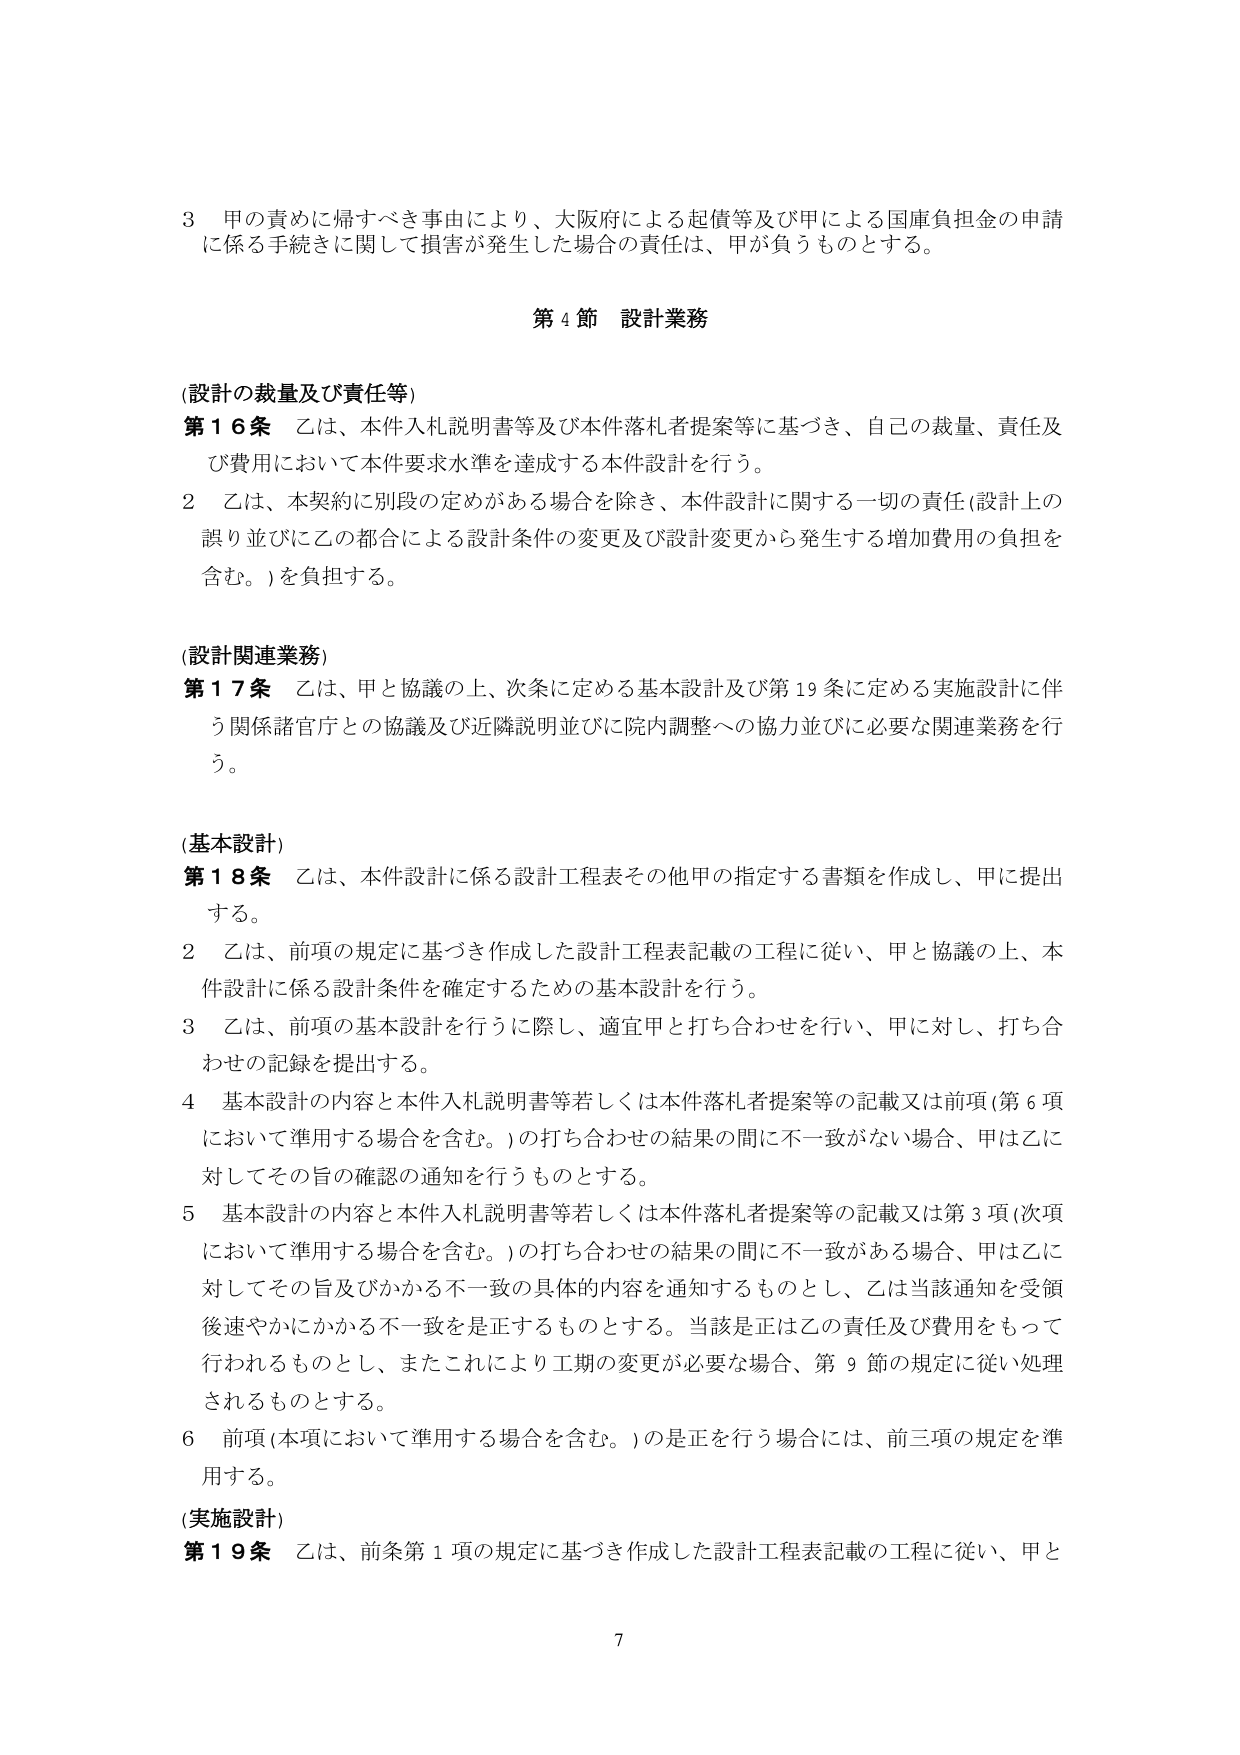
3 甲の責めに帰すべき事由により、大阪府による起債等及び甲による国庫負担金の申請に係る手続きに関して損害が発生した場合の責任は、甲が負うものとする。

第4節 設計業務

(設計の裁量及び責任等)
第16条 乙は、本件入札説明書等及び本件落札者提案等に基づき、自己の裁量、責任及び費用において本件要求水準を達成する本件設計を行う。
2 乙は、本契約に別段の定めがある場合を除き、本件設計に関する一切の責任（設計上の誤り並びに乙の都合による設計条件の変更及び設計変更から発生する増加費用の負担を含む。）を負担する。

(設計関連業務)
第17条 乙は、甲と協議の上、次条に定める基本設計及び第19条に定める実施設計に伴う関係諸官庁との協議及び近隣説明並びに院内調整への協力並びに必要な関連業務を行う。

(基本設計)
第18条 乙は、本件設計に係る設計工程表その他甲の指定する書類を作成し、甲に提出する。
2 乙は、前項の規定に基づき作成した設計工程表記載の工程に従い、甲と協議の上、本件設計に係る設計条件を確定するための基本設計を行う。
3 乙は、前項の基本設計を行うに際し、適宜甲と打ち合わせを行い、甲に対し、打ち合わせの記録を提出する。
4 基本設計の内容と本件入札説明書等若しくは本件落札者提案等の記載又は前項（第6項において準用する場合を含む。）の打ち合わせの結果の間に不一致がない場合、甲は乙に対してその旨の確認の通知を行うものとする。
5 基本設計の内容と本件入札説明書等若しくは本件落札者提案等の記載又は第3項（次項において準用する場合を含む。）の打ち合わせの結果の間に不一致がある場合、甲は乙に対してその旨及びかかる不一致の具体的内容を通知するものとし、乙は当該通知を受領後速やかにかかる不一致を是正するものとする。当該是正は乙の責任及び費用をもって行われるものとし、またこれにより工期の変更が必要な場合、第9節の規定に従い処理されるものとする。
6 前項（本項において準用する場合を含む。）の是正を行う場合には、前三項の規定を準用する。

(実施設計)
第19条 乙は、前条第1項の規定に基づき作成した設計工程表記載の工程に従い、甲と

7